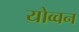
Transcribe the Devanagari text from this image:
योव्वन